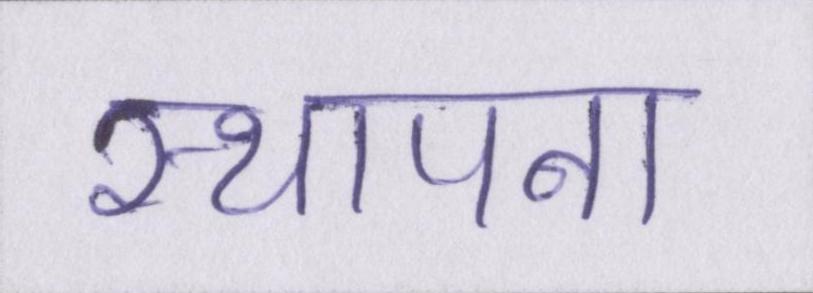
स्थापना